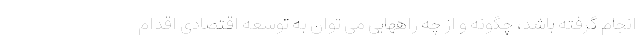
انجام گرفته باشد، چگونه و از چه راههایی می توان به توسعه اقتصادی اقدام